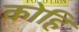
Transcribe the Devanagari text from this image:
कोहि